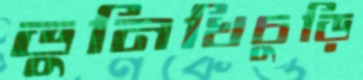
ভুনিখিচুড়ি